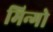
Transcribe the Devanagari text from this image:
मिन्गो